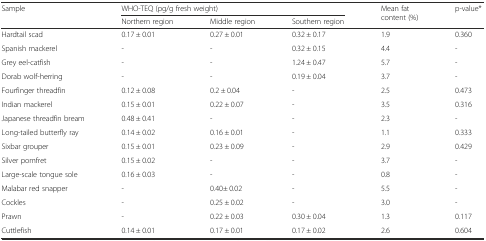
<table><thead><tr><td rowspan="2"><b>Sample</b></td><td colspan="3"><b>WHO-TEQ (pg/g fresh weight)</b></td><td rowspan="2"><b>Mean fat content (%)</b></td><td rowspan="2"><b>p-value*</b></td></tr><tr><td><b>Northern region</b></td><td><b>Middle region</b></td><td><b>Southern region</b></td></tr></thead><tbody><tr><td>Hardtail scad</td><td>0.17 ± 0.01</td><td>0.27 ± 0.01</td><td>0.32 ± 0.17</td><td>1.9</td><td>0.360</td></tr><tr><td>Spanish mackerel</td><td>-</td><td>-</td><td>0.32 ± 0.15</td><td>4.4</td><td>-</td></tr><tr><td>Grey eel-catfish</td><td>-</td><td>-</td><td>1.24 ± 0.47</td><td>5.7</td><td>-</td></tr><tr><td>Dorab wolf-herring</td><td>-</td><td>-</td><td>0.19 ± 0.04</td><td>3.7</td><td>-</td></tr><tr><td>Fourfinger threadfin</td><td>0.12 ± 0.08</td><td>0.2 ± 0.04</td><td>-</td><td>2.5</td><td>0.473</td></tr><tr><td>Indian mackerel</td><td>0.15 ± 0.01</td><td>0.22 ± 0.07</td><td>-</td><td>3.5</td><td>0.316</td></tr><tr><td>Japanese threadfin bream</td><td>0.48 ± 0.41</td><td>-</td><td>-</td><td>2.3</td><td>-</td></tr><tr><td>Long-tailed butterfly ray</td><td>0.14 ± 0.02</td><td>0.16 ± 0.01</td><td>-</td><td>1.1</td><td>0.333</td></tr><tr><td>Sixbar grouper</td><td>0.15 ± 0.01</td><td>0.23 ± 0.09</td><td>-</td><td>2.9</td><td>0.429</td></tr><tr><td>Silver pomfret</td><td>0.15 ± 0.02</td><td>-</td><td>-</td><td>3.7</td><td>-</td></tr><tr><td>Large-scale tongue sole</td><td>0.16 ± 0.03</td><td>-</td><td>-</td><td>0.8</td><td>-</td></tr><tr><td>Malabar red snapper</td><td>-</td><td>0.40± 0.02</td><td>-</td><td>5.5</td><td>-</td></tr><tr><td>Cockles</td><td>-</td><td>0.25 ± 0.02</td><td>-</td><td>3.0</td><td>-</td></tr><tr><td>Prawn</td><td>-</td><td>0.22 ± 0.03</td><td>0.30 ± 0.04</td><td>1.3</td><td>0.117</td></tr><tr><td>Cuttlefish</td><td>0.14 ± 0.01</td><td>0.17 ± 0.01</td><td>0.17 ± 0.02</td><td>2.6</td><td>0.604</td></tr></tbody></table>